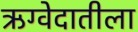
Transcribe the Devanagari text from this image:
ऋग्वेदातीला